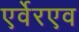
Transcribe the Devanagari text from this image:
एर्वेरएव